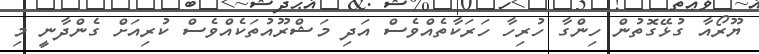
ޔޫރޯއާ ގުޅޭގޮތުން ހިންގާ ހުރިހާ ހަރަކާތެއްވެސް އަދި މަޝްރޫއުތަކެއްވެސް ކުރިއަށް ގެންދާނީ މި